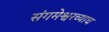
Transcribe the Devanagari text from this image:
संगमेश्वरच्याच